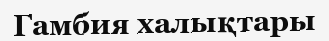
Гамбия халықтары